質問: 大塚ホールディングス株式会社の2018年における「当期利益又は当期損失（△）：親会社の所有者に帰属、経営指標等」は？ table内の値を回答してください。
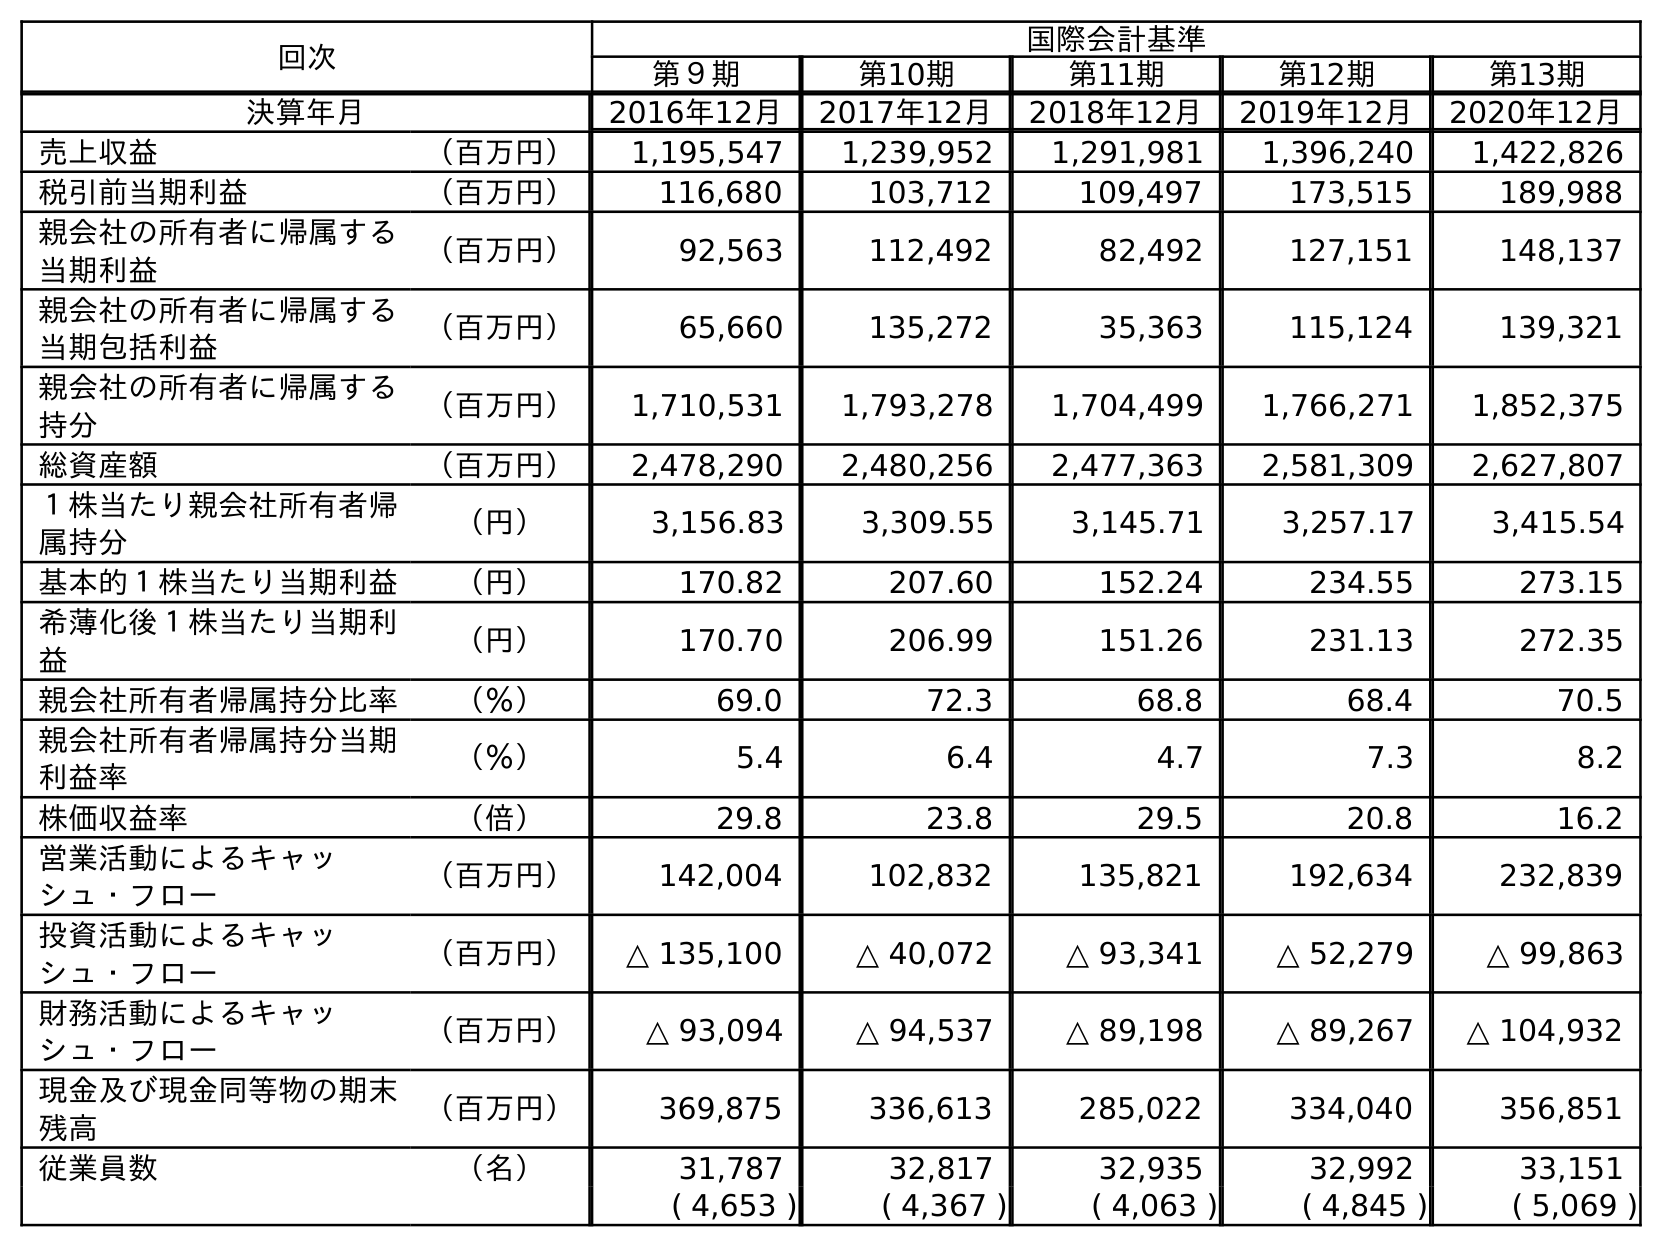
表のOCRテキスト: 回次 国際会計基準 第９期 第10期 第11期 第12期 第13期 決算年月 2016年12月 2017年12月 2018年12月 2019年12月 2020年12月 売上収益 （百万円） 1,195,547 1,239,952 1,291,981 1,396,240 1,422,826 税引前当期利益 （百万円） 116,680 103,712 109,497 173,515 189,988 親会社の所有者に帰属する 当期利益 （百万円） 92,563 112,492 82,492 127,151 148,137 親会社の所有者に帰属する 当期包括利益 （百万円） 65,660 135,272 35,363 115,124 139,321 親会社の所有者に帰属する 持分 （百万円） 1,710,531 1,793,278 1,704,499 1,766,271 1,852,375 総資産額 （百万円） 2,478,290 2,480,256 2,477,363 2,581,309 2,627,807 １株当たり親会社所有者帰 属持分 （円） 3,156.83 3,309.55 3,145.71 3,257.17 3,415.54 基本的１株当たり当期利益 （円） 170.82 207.60 152.24 234.55 273.15 希薄化後１株当たり当期利 益 （円） 170.70 206.99 151.26 231.13 272.35 親会社所有者帰属持分比率 （％） 69.0 72.3 68.8 68.4 70.5 親会社所有者帰属持分当期 利益率 （％） 5.4 6.4 4.7 7.3 8.2 株価収益率 （倍） 29.8 23.8 29.5 20.8 16.2 営業活動によるキャッ シュ・フロー （百万円） 142,004 102,832 135,821 192,634 232,839 投資活動によるキャッ シュ・フロー （百万円） △ 135,100 △ 40,072 △ 93,341 △ 52,279 △ 99,863 財務活動によるキャッ シュ・フロー （百万円） △ 93,094 △ 94,537 △ 89,198 △ 89,267 △ 104,932 現金及び現金同等物の期末 残高 （百万円） 369,875 336,613 285,022 334,040 356,851 従業員数 （名） 31,787 32,817 32,935 32,992 33,151 ( 4,653 ) ( 4,367 ) ( 4,063 ) ( 4,845 ) ( 5,069 )
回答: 82,492